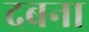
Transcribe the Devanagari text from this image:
दबना